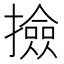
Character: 撿